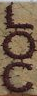
LOC